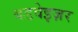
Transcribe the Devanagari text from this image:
बडवेइज़र